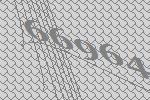
66964